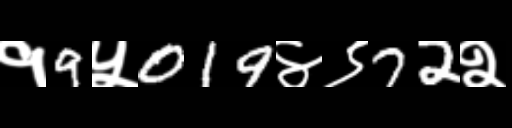
Text: १9५019४९72२